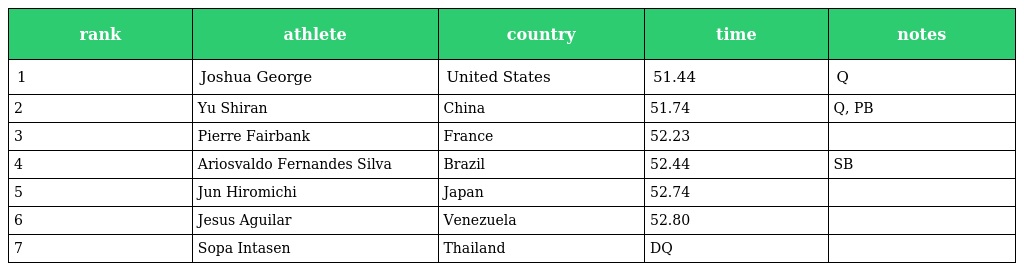
| rank | athlete | country | time | notes |
 | --- | --- | --- | --- | --- |
 | 1 | Joshua George | United States | 51.44 | Q |
 | 2 | Yu Shiran | China | 51.74 | Q, PB |
 | 3 | Pierre Fairbank | France | 52.23 |  |
 | 4 | Ariosvaldo Fernandes Silva | Brazil | 52.44 | SB |
 | 5 | Jun Hiromichi | Japan | 52.74 |  |
 | 6 | Jesus Aguilar | Venezuela | 52.80 |  |
 | 7 | Sopa Intasen | Thailand | DQ |  |